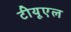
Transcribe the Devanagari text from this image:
टीयूएल